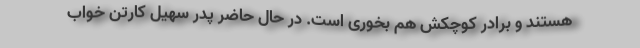
هستند و برادر کوچکش هم بخوری است. در حال حاضر پدر سهیل کارتن خواب